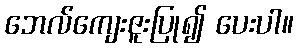
ဘေလ်ကျေးဇူးပြု၍ ပေးပါ။